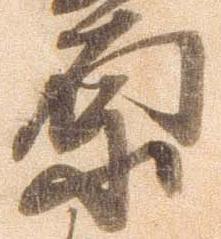
原